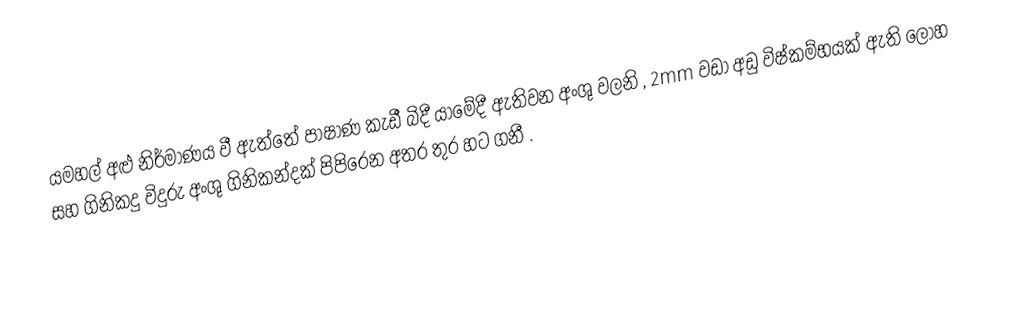
යමහල් අළු නිර්මාණය වී ඇත්තේ පාෂාණ කැඩී බිදී යාමේදී ඇතිවන අංශු වලනි , 2mm වඩා අඩු විෂ්කම්භයක් ඇති ලෝහ සහ ගිනිකදු විදුරු අංශු ගිනිකන්දක් පිපිරෙන අතර තුර හට ගනී .